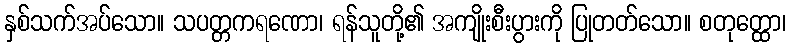
နှစ်သက်အပ်သော။ သပတ္တကရဏော၊ ရန်သူတို့၏ အကျိုးစီးပွားကို ပြုတတ်သော။ စတုတ္ထော၊